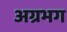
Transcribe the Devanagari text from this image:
अग्रभग